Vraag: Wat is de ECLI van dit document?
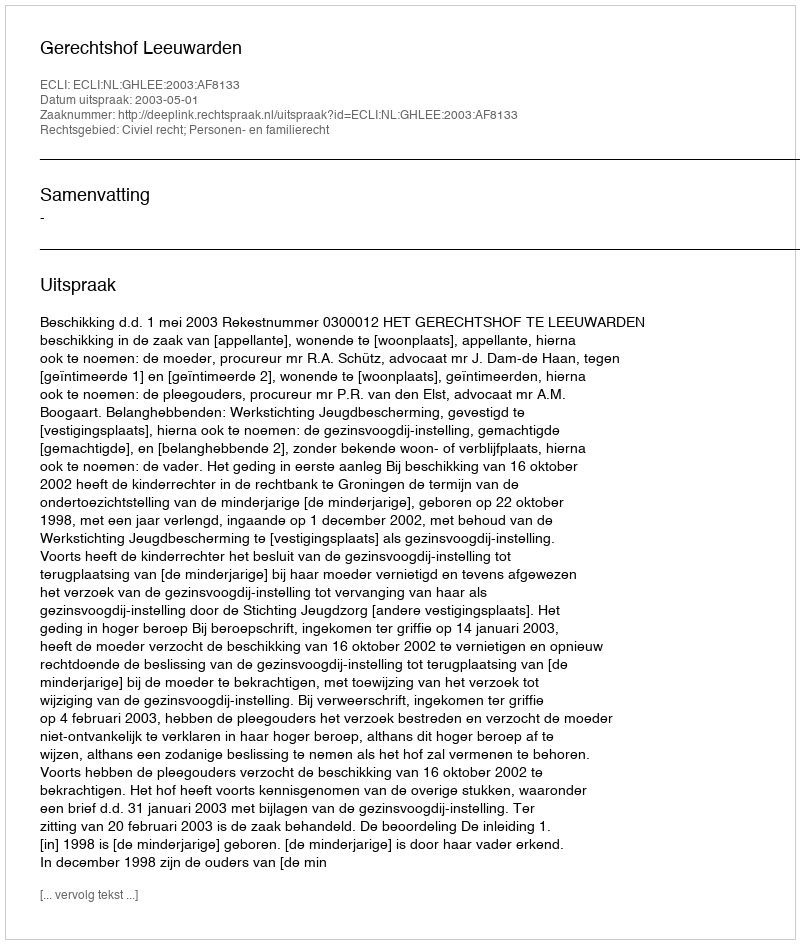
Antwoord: ECLI:NL:GHLEE:2003:AF8133